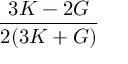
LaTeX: \frac { 3 K - 2 G } { 2 ( 3 K + G ) }